Indian journal of veterinary science and animal husbandry - Volume 13,
Year: 1943
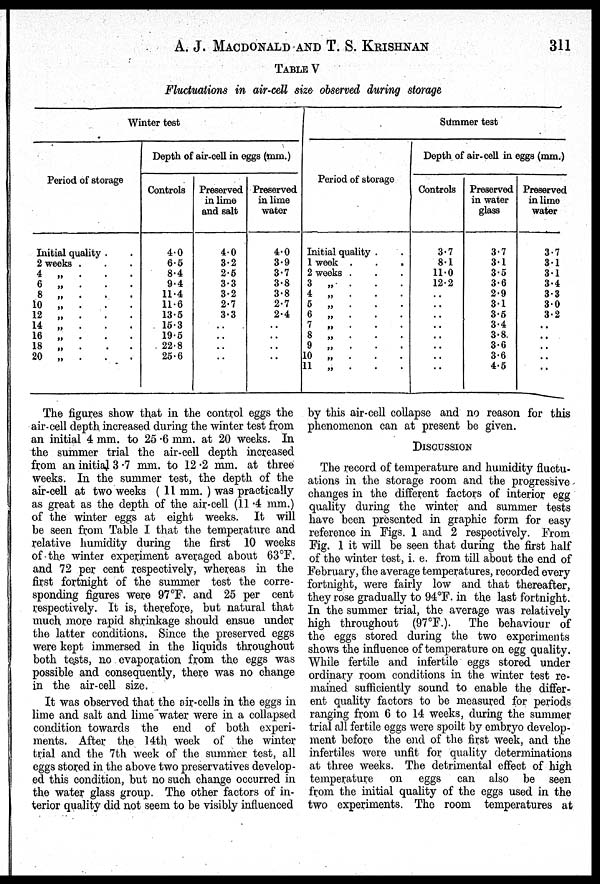
A. J.
MACDONALD AND T.S.KRISHNAN 311
TABLE V
Fluctuations in air-cell size observed during storage
Winter test
Period of storage
Initial quality . .
2 weeks . . .
4
„
.
.
.
6 „
. . . .
8 „
. . .
10 „
. . .
12 „
. . .
14 „ . . .
16 „
. . .
18 „
. . .
20 . . .
Depth of air-cell in eggs (mm.)
Controls
4.0
6.6
8.4
9.4
11.4
11.6
13.5
15.3
19.5
22.8
25.6
Preserved
in lime
and salt
4.0
3.2
2.5
3.3
3.2
2.7
3.3
..
..
. .
. .
Preserved
in lime
water
4.0
3.9
3.7
3.8
3.8
2.7
2.4
..
..
..
..
Summer test
Period of storage
Initial quality .
1 week . . .
2 weeks . . .
3 „ . . .
4 „ . . .
5 „ . . .
6
„
.
.
.
7 „
. . .
8 „
. . .
9 „
. . .
10 „
. . .
11 „
. . .
Depth of air-cell in eggs (mm.)
Controls
3.7
8.1
11.0
12.2
..
..
..
..
..
..
..
..
Preserved
in water
glass
3.7
3.1
3.5
3.6
2.9
3.1
3.5
3.4
3.8
3.6
3.6
4.5
Preserved
in lime
water
3.7
3.1
3.1
3.4
3.3
3.0
3.2
..
..
..
..
..
The figures show that in the control eggs the
air.cell depth increased during the winter test from
an initial 4 mm. to 25.6 mm. at 20 weeks. In
the summer trial the air-cell depth increased
from an initial 3.7 mm. to 12.2 mm. at three
weeks. In the summer test, the depth of the
air-cell at two weeks (11 mm.) was practically
as great as the depth of the air-cell (11.4 mm.)
of the winter eggs at eight weeks. It will
be seen from Table I that the temperature and
relative humidity during the first 10 weeks
of the winter experiment averaged about 63ºF.
and 72 per cent respectively, whereas in the
first fortnight of the summer test the corre-
sponding figures were 97ºF. and 25 per cent
respectively. It is, therefore, but natural that
much more rapid shrinkage should ensue under
the latter conditions. Since the preserved eggs
were kept immersed in the liquids throughout
both tests, no evaporation from the eggs was
possible and consequently, there was no change
in the air-cell size.
It was observed that the air-cells in the eggs in
lime and salt and lime water were in a collapsed
condition towards the end of both experi-
ments. After the 14th week of the winter
trial and the 7th week of the summer test, all
eggs stored in the above two preservatives develop-
ed this condition, but no such change occurred in
the water glass group. The other factors of in-
terior quality did not seem to be visibly influenced
by this air-cell collapse and no reason for this
phenomenon can at present be given.
DISCUSSION
The record of temperature and humidity fluctu-
ations in the storage room and the progressive
changes in the different factors of interior egg
quality during the winter and summer tests
have been presented in graphic form for easy
reference in Figs. 1 and 2 respectively. From
Fig. 1 it will be seen that during the first half
of the winter test, i. e. from till about the end of
February, the average temperatures, recorded every
fortnight, were fairly low and that thereafter,
they rose gradually to 94ºF. in the last fortnight.
In the summer trial, the average was relatively
high throughout (97ºF.). The behaviour of
the eggs stored during the two experiments
shows the influence of temperature on egg quality.
While fertile and infertile eggs stored under
ordinary room conditions in the winter test re-
mained sufficiently sound to enable the differ-
ent quality factors to be measured for periods
ranging from 6 to 14 weeks, during the summer
trial all fertile eggs were spoilt by embryo develop-
ment before the end of the first week, and the
infertiles were unfit for quality determinations
at three weeks. The detrimental effect of high
temperature on eggs can also be seen
from the initial quality of the eggs used in the
two experiments. The room temperatures at